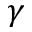
\gamma